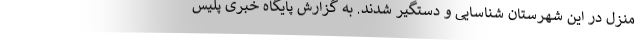
منزل در این شهرستان شناسایی و دستگیر شدند. به گزارش پایگاه خبری پلیس